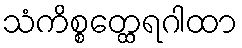
သံကိစ္စတ္ထေရဂါထာ